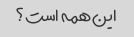
این همه است؟